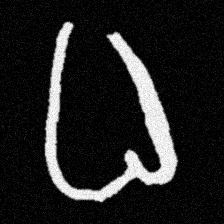
Pyu character \u2014 Myanmar letter: ဓ (romanized: dha)